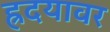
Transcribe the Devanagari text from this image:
ह्रदयावर